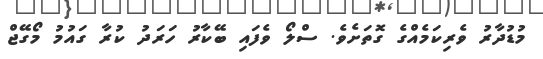
މުޑުދާރު ވެރިކަމެއްގެ ގޮތަށެވެ. ސްލޯ ވެފައި ބޭކާރު ހަރަދު ކުރާ ގައުމު މޯގޭޖް